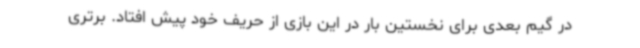
در گیم بعدی برای نخستین بار در این بازی از حریف خود پیش افتاد. برتری